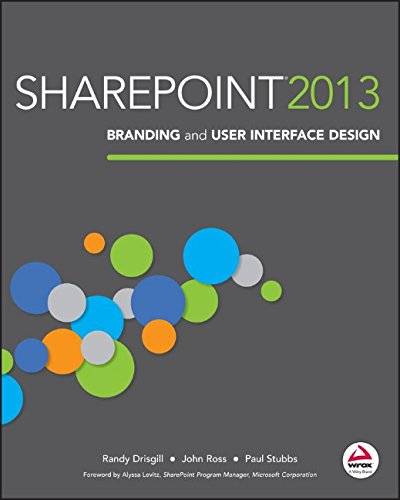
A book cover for SharePoint 2013 Branding and User Interface Design; Randy Drisgill; Computers & Technology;